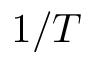
1 / T